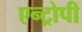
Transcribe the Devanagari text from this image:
एन्ट्रोपी